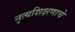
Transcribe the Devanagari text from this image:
नृत्यशिक्षणाचे